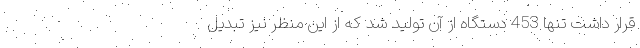
قرار داشت تنها 453 دستگاه از آن تولید شد که از این منظر نیز تبدیل